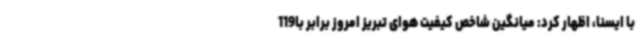
با ایسنا، اظهار کرد: میانگین شاخص کیفیت هوای تبریز امروز برابر با119